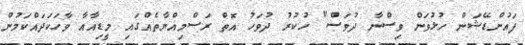
ފައުންޑޭޝަން ހުޅުވަން ވިސްނާ ދުވަސް" ހުކުރު ދުވަހު އޮތް ރަސްމިއްޔާތެއްގައި މީޑިއާއާ ވާހަކަދައްކަމުން